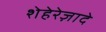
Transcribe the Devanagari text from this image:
शेहेरेज़ादे